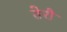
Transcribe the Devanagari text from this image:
तेरौ